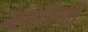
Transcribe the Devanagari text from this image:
अलपिन्गी